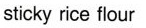
sticky rice flour